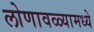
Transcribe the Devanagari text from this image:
लोणावळ्यामध्ये